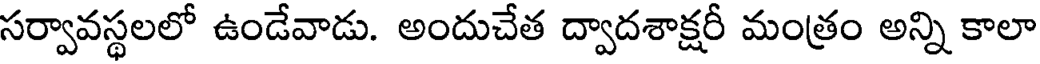
సర్వావస్థలలో ఉండేవాడు. అందుచేత ద్వాదశాక్షరీ మంత్రం అన్ని కాలా